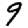
Digit: 9